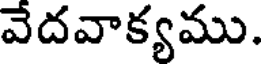
వేదవాక్యము.